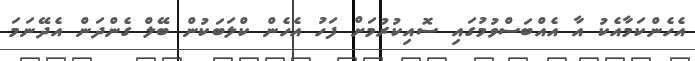
އެހެންކަމާއެކު އާ އެއްބަސްވުމުގައި ސޮއިކުރުމަށް ފަހު އެހެން ކްލަބަކުން ބޭލް ގެންދަން އެދޭނަމަ